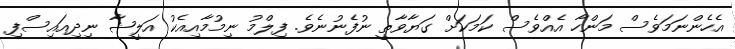
އެހެންނަމަވެސް މަންހާ އެއްވެސް ކަމަކަށް ގަޔާވާތީ ނުފެނުނެވެ. ފިލްމު ނިމުމާއިއެކު އަލީޝާ ނިދިއައިސްފި